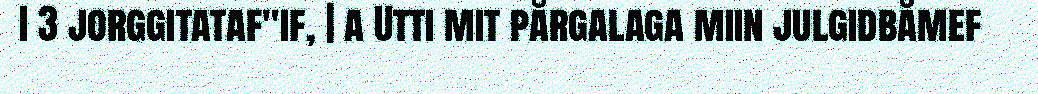
I 3 jorggitataf"if, | a Utti mit pårgalaga miin julgidbåmef